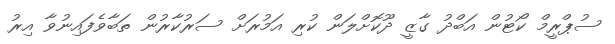
ސުޕްރީމް ކޯޓުން އަބްދު ގާޒީ ދޫކޮށްލަން ކުރި އަމުރަށް ސަރުކާރުން ތަބާވެފައިނުވާ އިރު